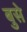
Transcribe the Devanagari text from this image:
बुसे